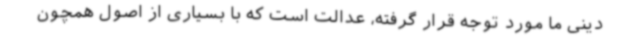
دینی ما مورد توجه قرار گرفته، عدالت است که با بسیاری از اصول همچون